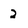
Character: 2